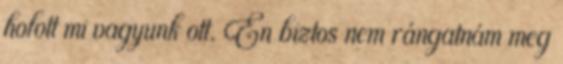
holott mi vagyunk ott. Én biztos nem rángatnám meg